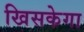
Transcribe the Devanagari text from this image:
खिसकेगा